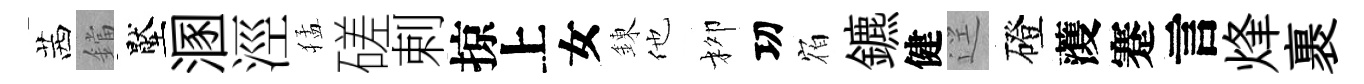
茜鐺壓溷涇猛磋剌掠上女錬他柳㓛𪧐鑣健逕磴𮑮蹇言烽裹